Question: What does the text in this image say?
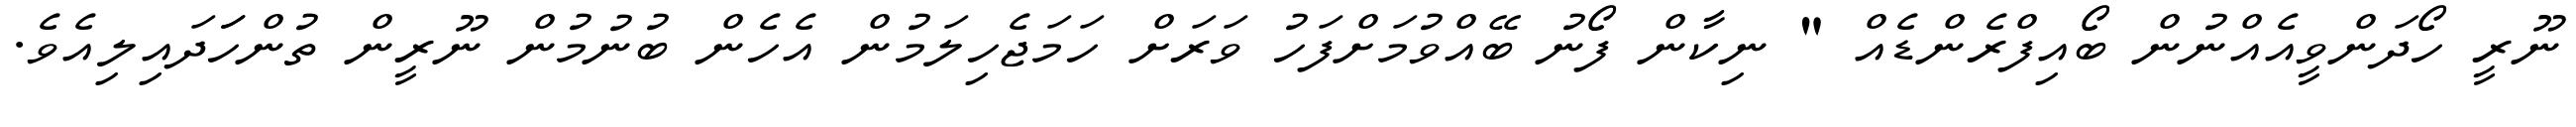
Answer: ނޫރީ ހޯދަންވީއެއްނުން ބޯއިފްރެންޑެއް " ނިކާން ފޯނު ބޭއްވުމަށްފަހު ވަރަށް ހަމަޖެހިލަމުން އެހެން ބުނުމުން ނޫރީން ތުންހަަދައިލިއެވެ.